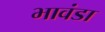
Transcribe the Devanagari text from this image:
भावंडा